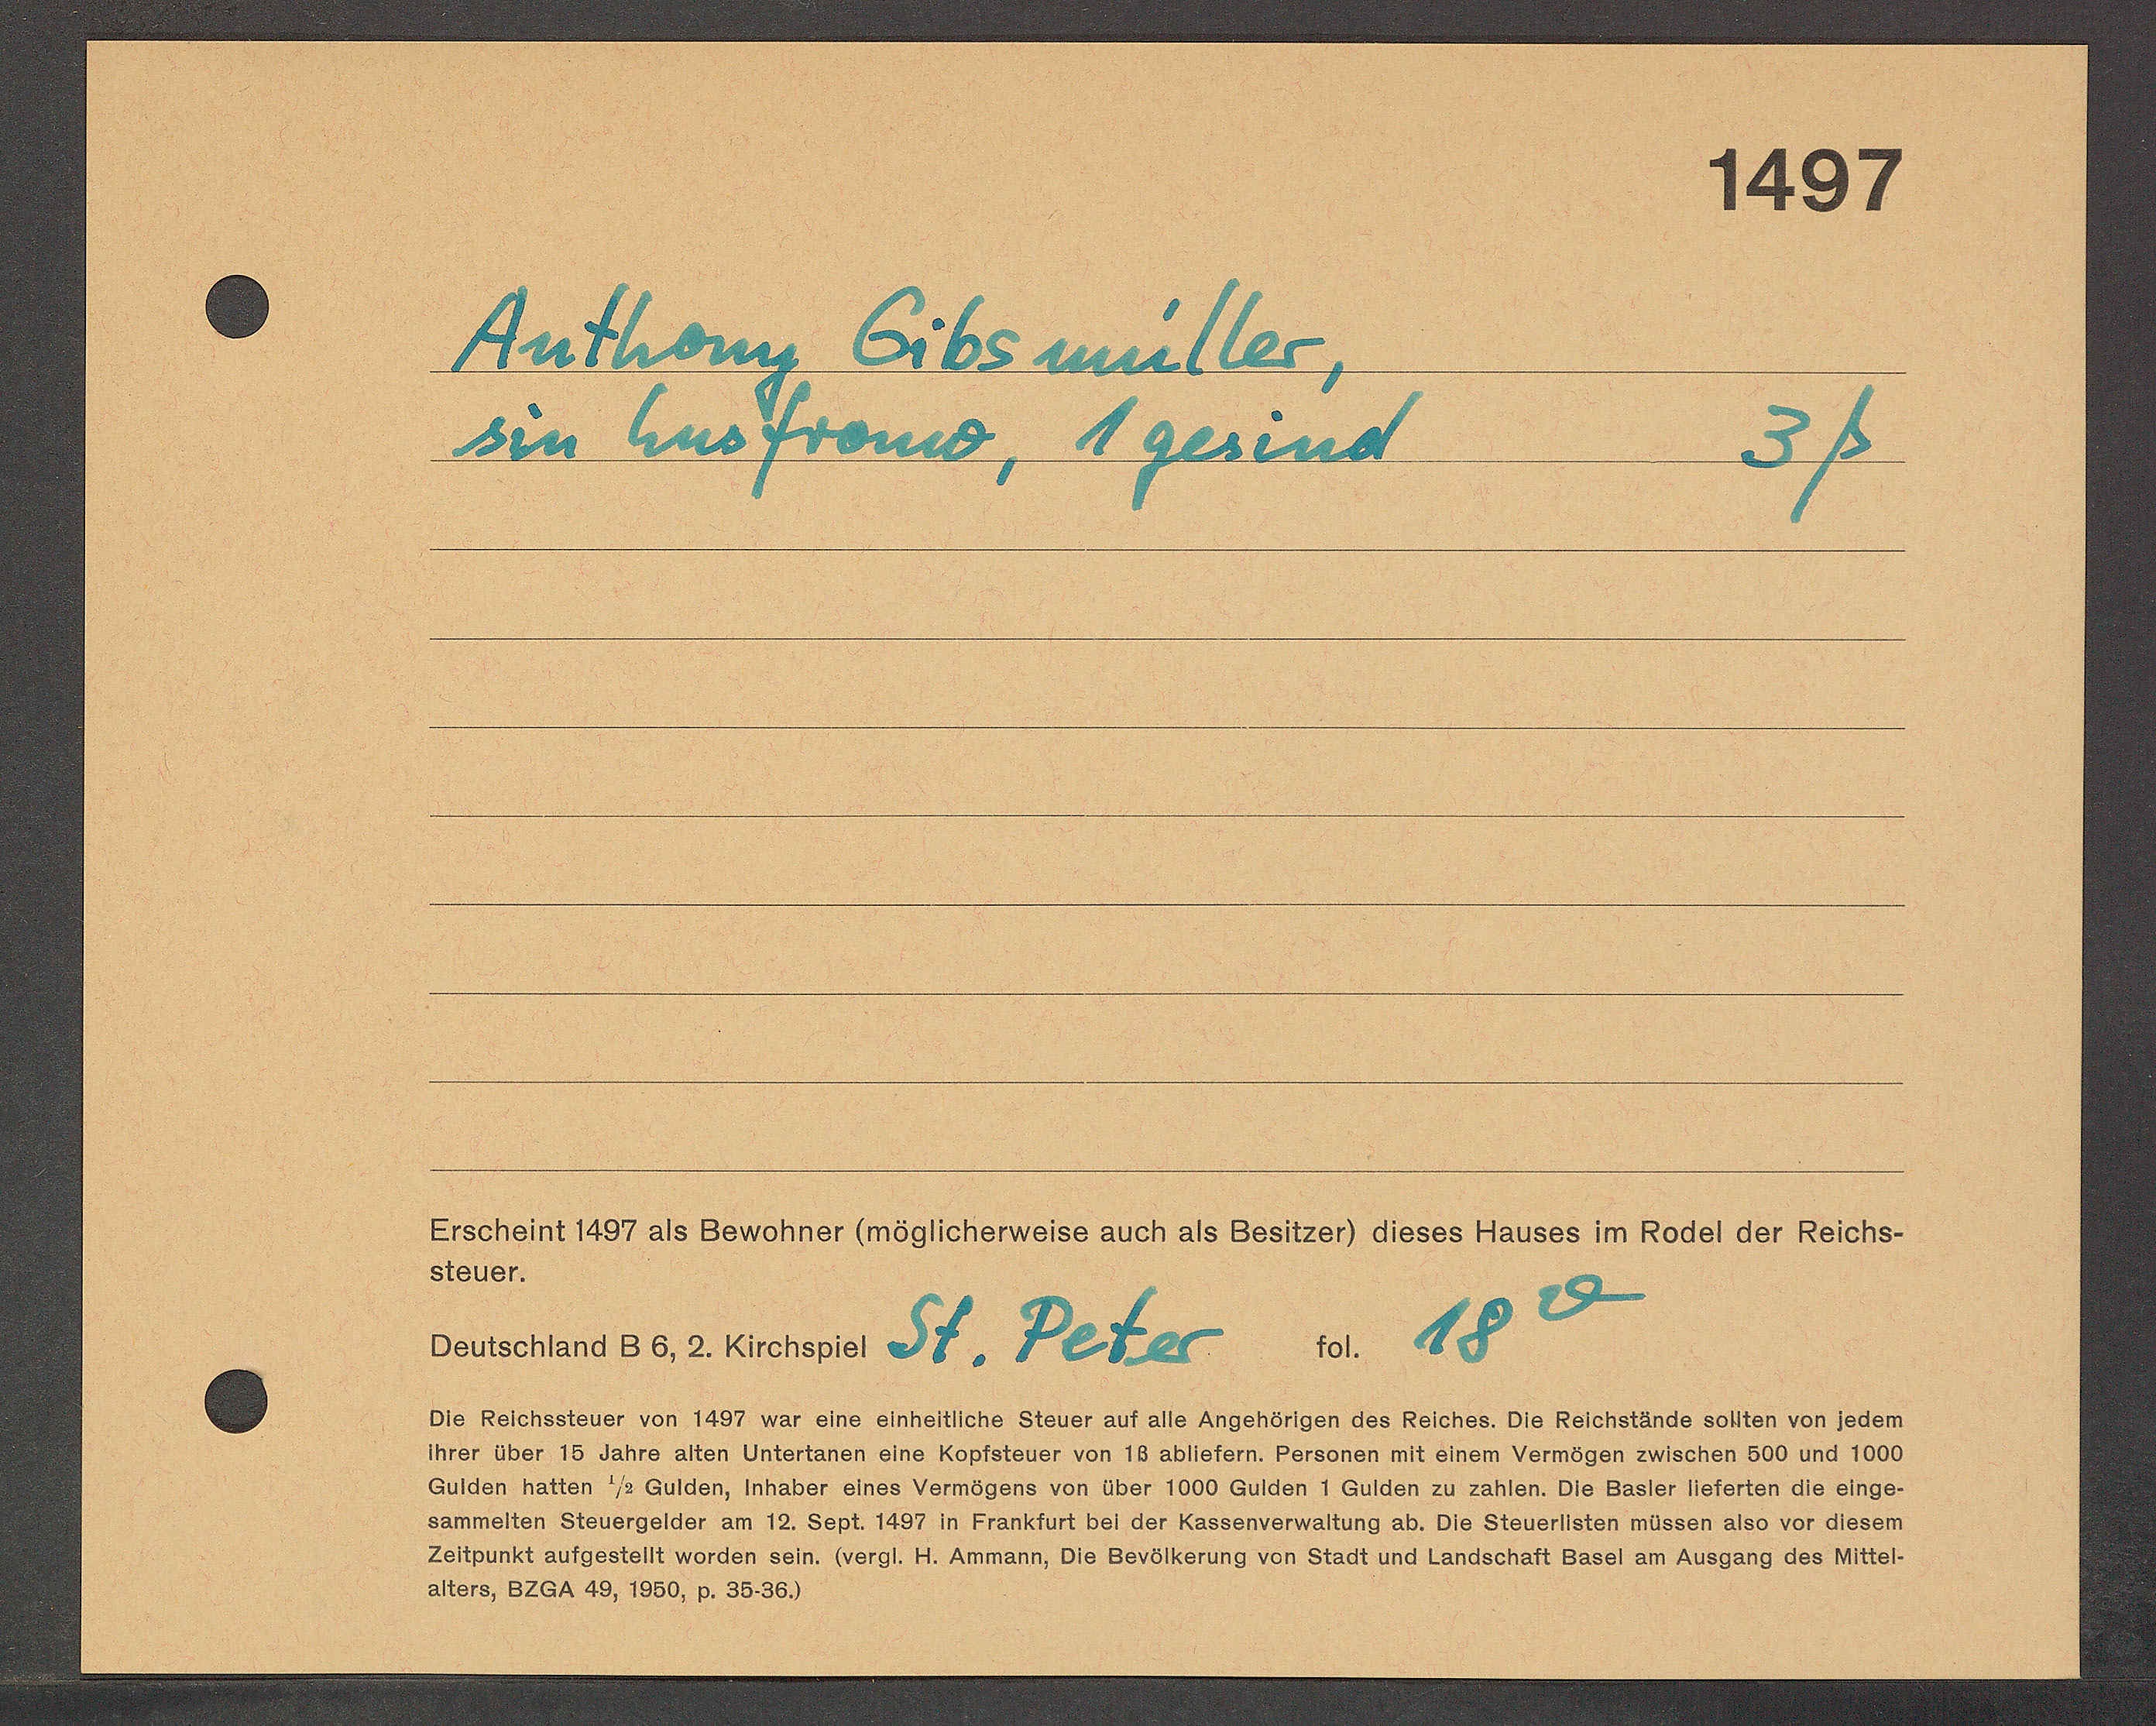
Transcript:
Anthon Eibiller,
sin huseren, gesend
3ß
Erscheint 1437 als Bewohner (möglicherweise auch als Besitzer) dieses Hauses im Rodel der Reichs¬
Steuer.
5
18
Beuschland 86, 2.ucheniel St.
Peter
Oie Reichssteuer von 1457 war eine einheitliche Steuer auf alle Angehörigen des Reiches. Oie Reich
Threr über 15 Jahre alten Unterlanen eine Koptsteuer von 18 ablietern. Personen mit einem Vermegen zien¬
Gulden hatten 73 Gulden, inhaber eines Vermögens von über 1000 Gulden 1 Gulden zahlen. Ote Basten die einge¬
sammelten Steuergelder am 12. Sept. 1487 in Frankfurt bet der Rassenverwattung ab. Oie Steuertsten musse Ote
Zettzunkt aufgestellt worden sein. Wergt. Ht. Ammann, Oie Bevötherung von Stadt und landschaft Basel am Ausgang des Miltel¬
alters, O2aA 49, 1850, p. 3636)